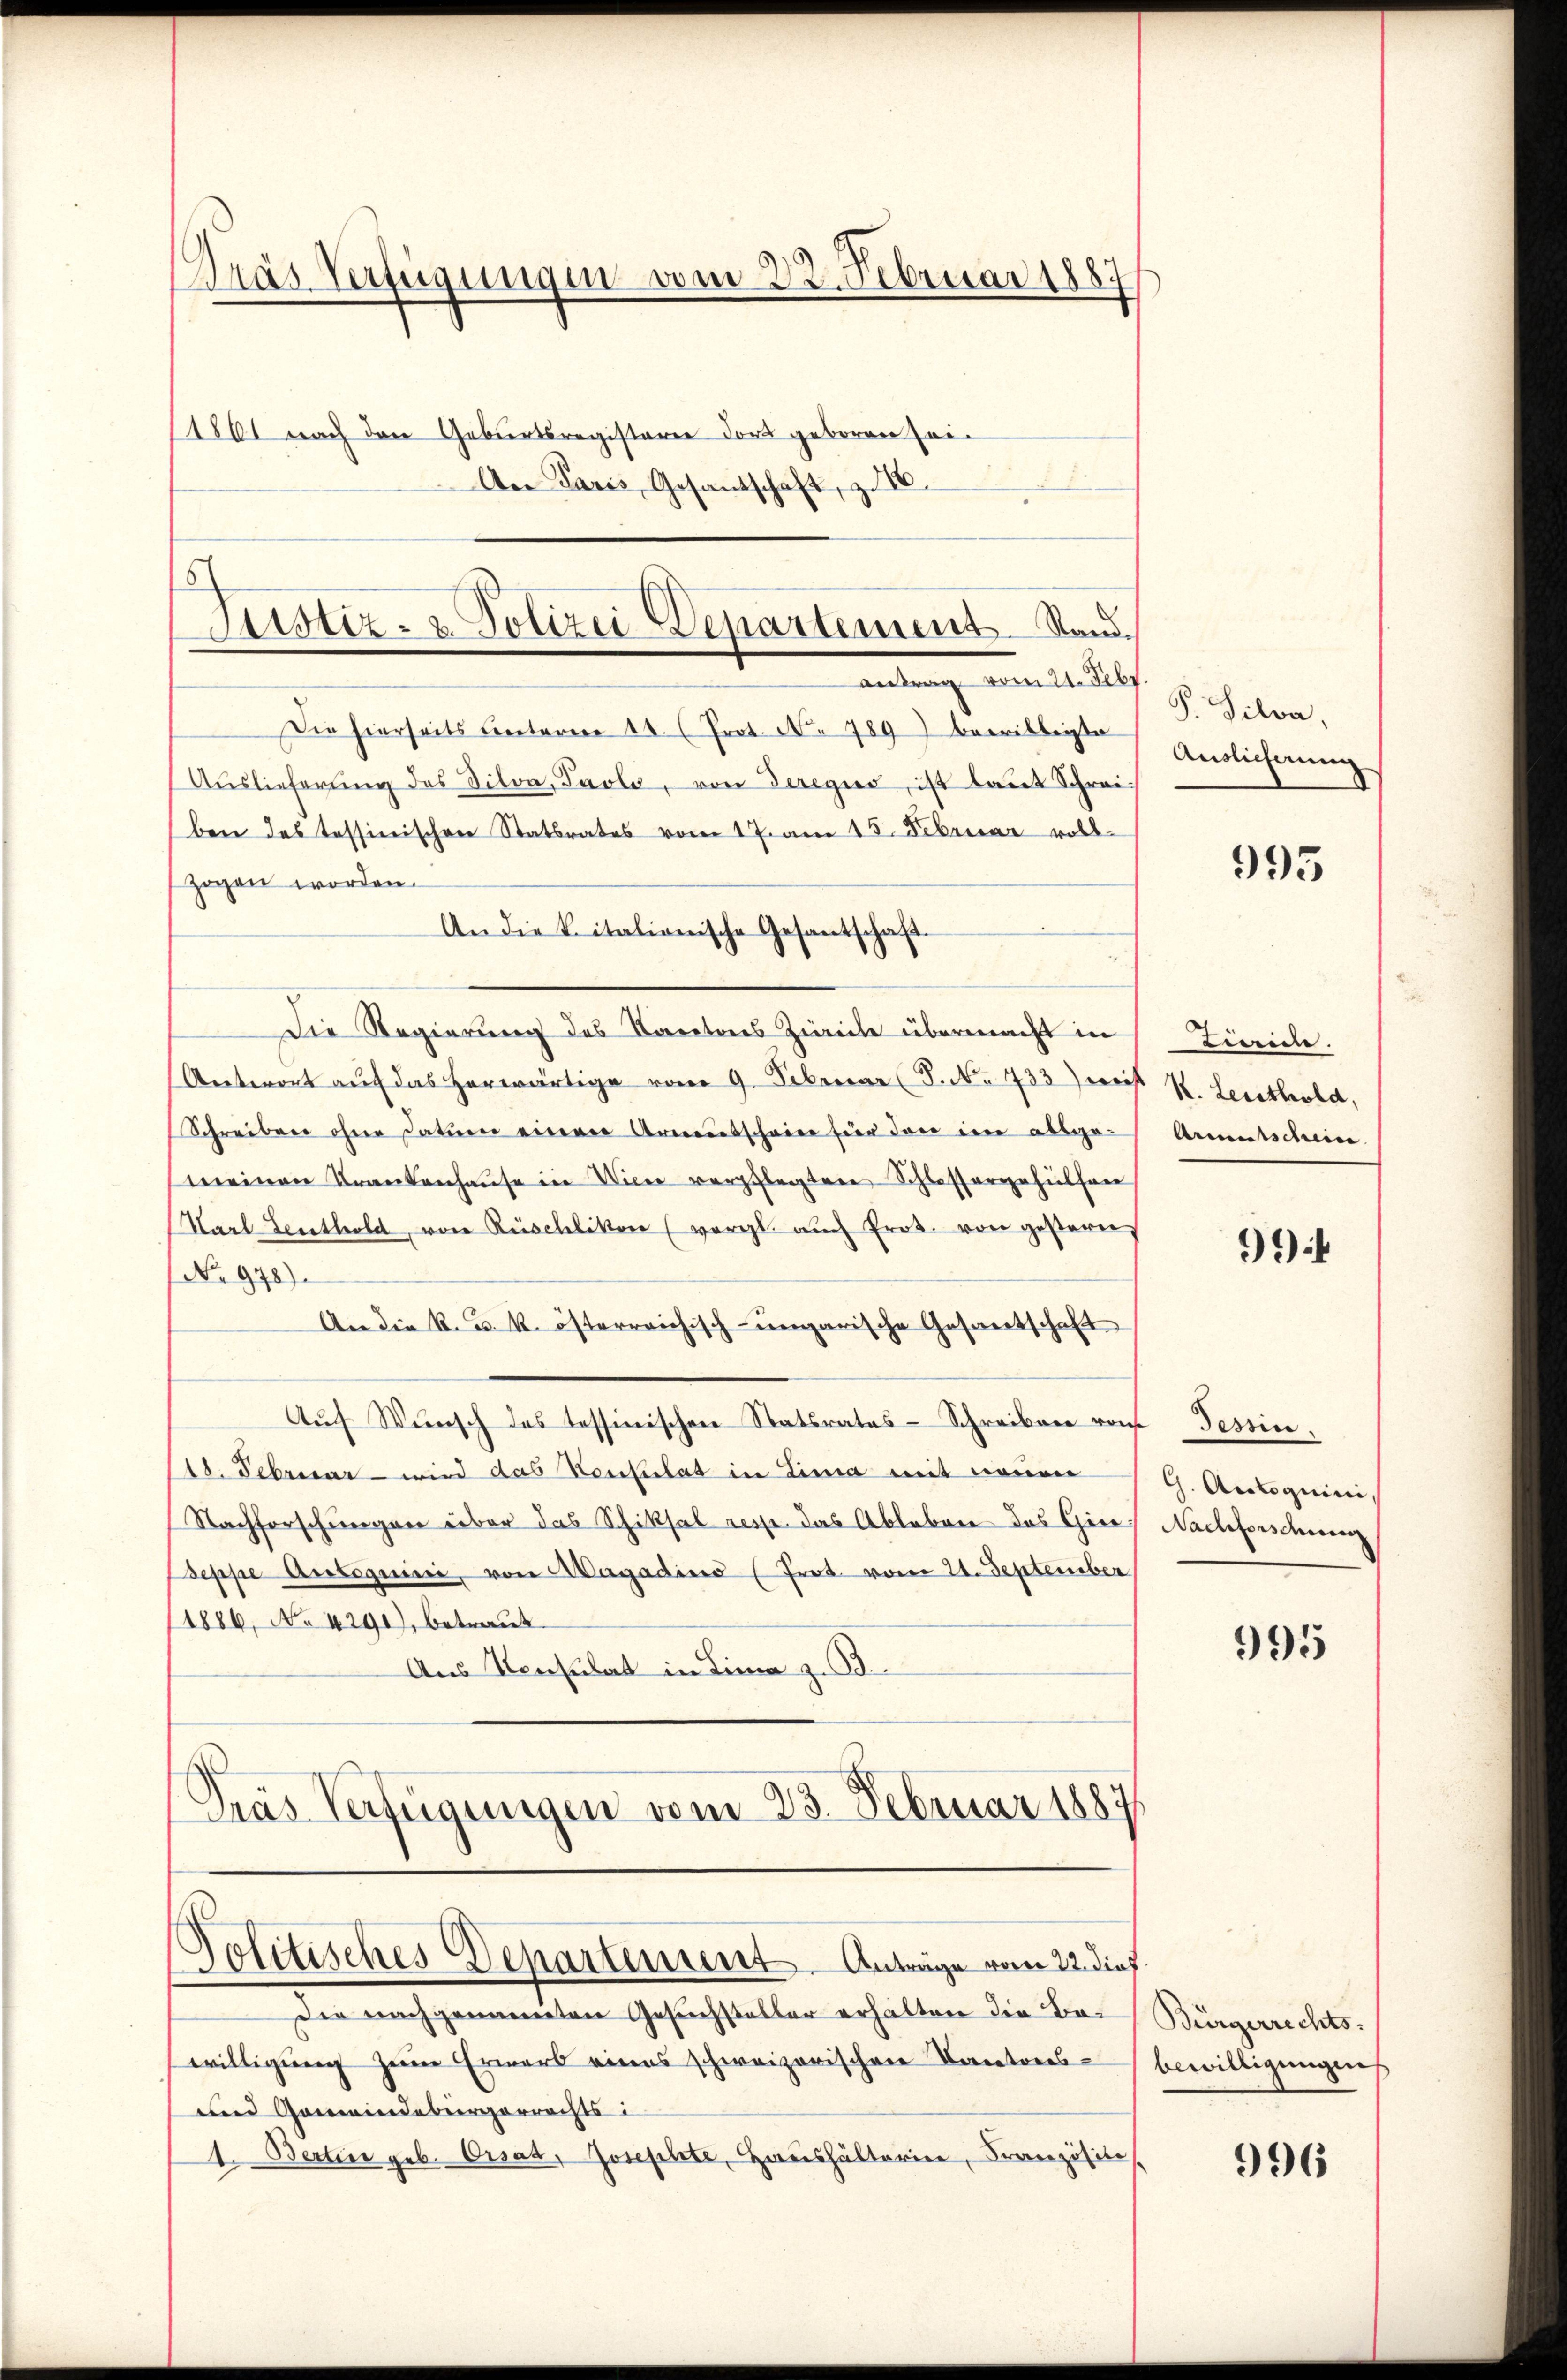
Dras Verfügungen vom 22. Februar 1887

Justiz- & Polizei Departement. Stand.
antrag vom 21. Febr.

Die hierseits Centaren 11. (Prot. No 789 bewilligte
Aŭslieferŭng des Titon, Paola, von Teregis, ist laut Schrei-
ben des tessinischen Statsrates vom 17. am 15. Februar voll-
zogen worden.
An die Citationische Gesantschaft¬
Die Regierung des Karteres Zieche übermacht in
Antwort auf das herwärtige vom 9. Februar (S. No 733) weist St. Leisthold,
Schreiben ohne Datuen einerer Armensschwier für den eine allge-
meinen Frankenhaŭse in Wien verpflegten Schlossergehülfen
Karl Leuthold, von Rüschlikon (vergl. auch Prot. von gestern,
No 978).
An die k. u. k. österreichisch-ungarische Gesantschaft
Aŭf Wŭnsch das Tessinischen Statsrates- Schreiben vom Tessin.
18. Febricar - wird das Herkulat in Lina mit neuen
Nachforschungen über das Schiksal resse das Ableben das Giereppe Autoguini, von Magadius (Prot. vom 24. September
(1886, No 4290), betraut
Aus Konsulat in Lina z. B.
Pras Verfügungen vom 23. Februar 1887.

11861 nach den Geburtsregisterie dort geboren sei.
An Paris, Gesantschaft, z. 10.

Politisches Departement. Anträge vom 22. dieß

Die nachgenannten Gesuchsteller erhalten die Bo-Bürgerrechtswilligung jene Erwart eines schweizerischen Cantons-Bewilligungen
und Gemeindebürgerrechts i
1. Bertine geb. Orsad, Josephte, Haushalterie, Französice,

P. Silva,
Anslicherung

995

Linde.
Arcentscheine

9

G. Artoguini
Nachforschnung

995

996